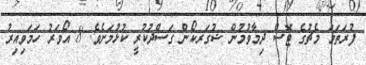
ފުރަތަމަ މެޗުގެ ޓޮސް ދިމާވުމުން ޝުގަރކޯން ގަސްދުކުރީ ކުޅުމަށެވެ. 8 އޯވަރު ހަމަވިއިރު